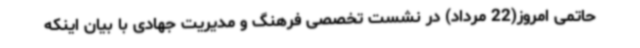
حاتمی امروز(22 مرداد) در نشست تخصصی فرهنگ و مدیریت جهادی با بیان اینکه